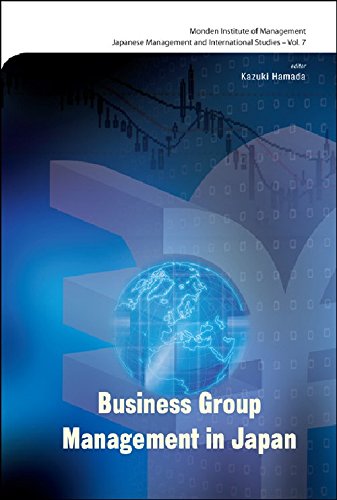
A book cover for Business Group Management in Japan (Monden Institute of Management: Japanese Management and International Studies); Kazuki Hamada; Business & Money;